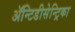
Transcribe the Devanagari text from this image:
ॲन्टिडीसेन्ट्रिका